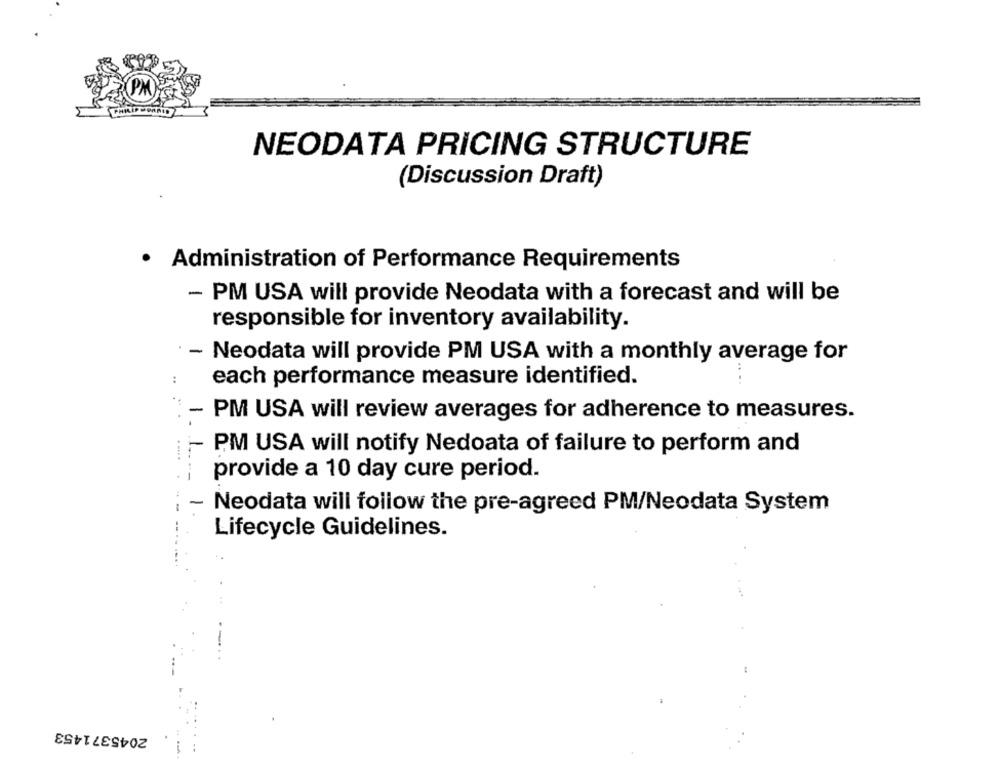
NEODATA PRICING STRUCTURE
(Discussion Draft)
.
Administration of Performance Requirements
- PM USA will provide Neodata with a forecast and will be
responsible for inventory availability.
- Neodata will provide PM USA with a monthly average for
each performance measure identified.
-
PM USA will review averages for adherence to measures.
-
. ....
PM USA will notify Nedoata of failure to perform and
provide a 10 day cure period.
Neodata will follow the pre-agreed PM/Neodata System
Lifecycle Guidelines.
2045371453